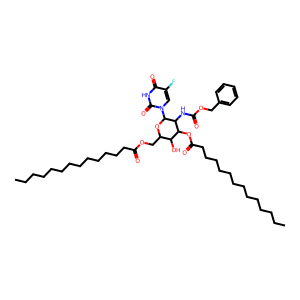
SMILES: CCCCCCCCCCCCCC(=O)OCC1OC(n2cc(F)c(=O)[nH]c2=O)C(NC(=O)OCc2ccccc2)C(OC(=O)CCCCCCCCCCCCC)C1O
Inhibits HIV replication: No